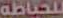
للخياطة